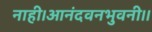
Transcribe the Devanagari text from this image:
नाही।आनंदवनभुवनी।।